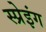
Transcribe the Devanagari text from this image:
स्प्रेइंग